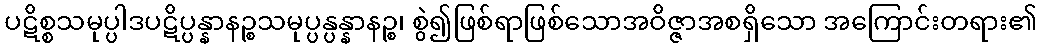
ပဋိစ္စသမုပ္ပါဒပဋိပ္ပန္နာနဉ္စသမုပ္ပန္ပန္နာနဉ္စ၊ စွဲ၍ဖြစ်ရာဖြစ်သောအဝိဇ္ဇာအစရှိသော အကြောင်းတရား၏